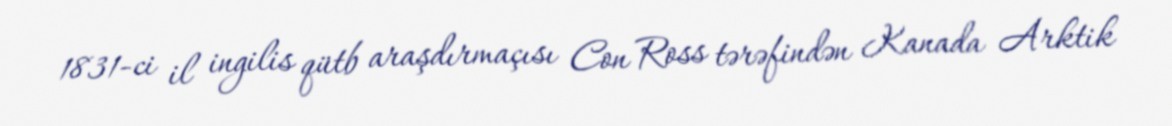
1831-ci il ingilis qütb araşdırmaçısı Con Ross tərəfindən Kanada Arktik